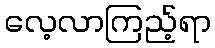
လေ့လာကြည့်ရာ